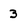
Character: 3